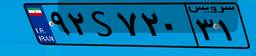
۹۲S۷۲۰۳۱